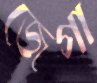
জেগা